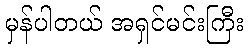
မှန်ပါတယ် အရှင်မင်းကြီး